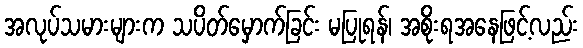
အလုပ်သမားများက သပိတ်မှောက်ခြင်း မပြုရန်၊ အစိုးရအနေဖြင့်လည်း